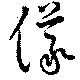
儀